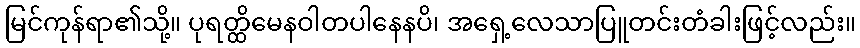
မြင်ကုန်ရာ၏သို့။ ပုရတ္ထိမေနဝါတပါနေနပိ၊ အရှေ့လေသာပြူတင်းတံခါးဖြင့်လည်း။